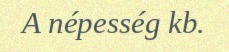
A népesség kb.